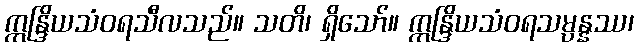
ဣန္ဒြိယသံဝရသီလသည်။ သတိ၊ ရှိသော်။ ဣန္ဒြိယသံဝရသမ္ပန္နဿ၊